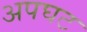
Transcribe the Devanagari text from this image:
अपघट